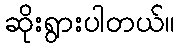
ဆိုးရွားပါတယ်။